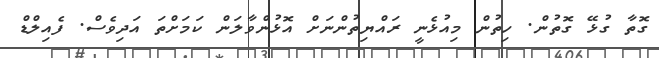
ގޮތާ ގުޅޭ ގޮތުން. ހިތުން މިއުޅެނީ ރައްޔިތުންނަށް އޮޅުންވާލަން ކަމަށްތަ އަދިވެސް. ފެއިލްޑް